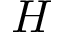
H